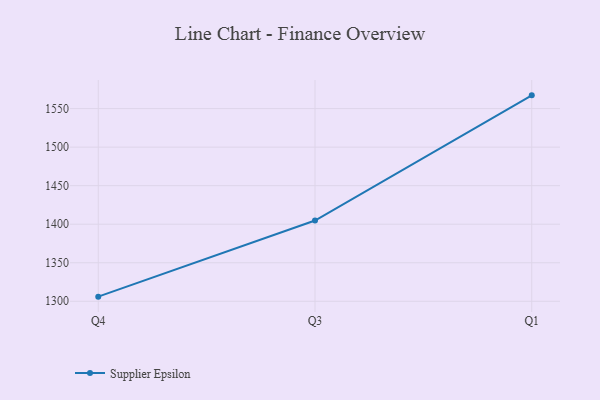
{"axis": {"x": "Quarter", "y": "Latency (ms)"}, "legend": ["Supplier Epsilon"], "data": [{"x": "Q4", "y": 1306.0, "type": "Supplier Epsilon"}, {"x": "Q3", "y": 1404.8, "type": "Supplier Epsilon"}, {"x": "Q1", "y": 1567.2, "type": "Supplier Epsilon"}]}